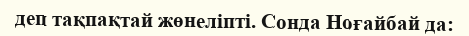
деп тақпақтай жөнеліпті. Сонда Ноғайбай да: